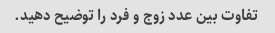
تفاوت بین عدد زوج و فرد را توضیح دهید.